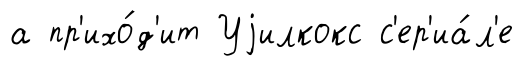
а пр'ихо́д'ит Уjилкокс с'ер'иа́л'е